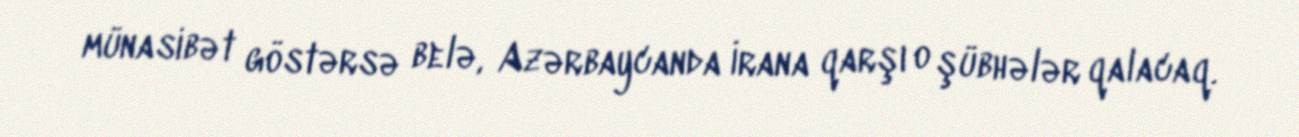
münasibət göstərsə belə, Azərbaycanda İrana qarşı o şübhələr qalacaq.